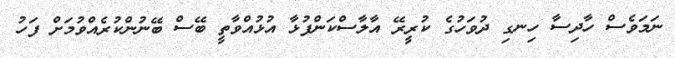
ނަމަވެސް ހާދިސާ ހިނގި ދުވަހުގެ ކުރީރޭ އާލާސްކަންފުޅާ އުޅުއްވާތީ ބޭސް ބޭނުންކުރެއްވުމަށް ފަހު